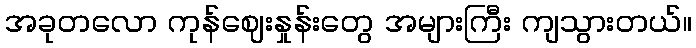
အခုတလော ကုန်ဈေးနှုန်းတွေ အများကြီး ကျသွားတယ်။